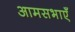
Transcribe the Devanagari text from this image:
आमसभाएँ